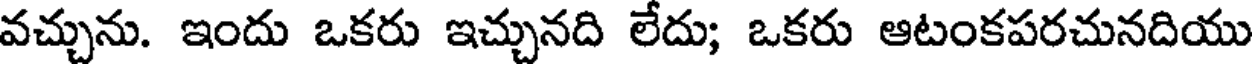
వచ్చును. ఇందు ఒకరు ఇచ్చునది లేదు; ఒకరు ఆటంకపరచునదియు